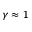
\gamma \approx 1